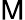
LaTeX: \mathsf{M}